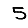
Digit: 5